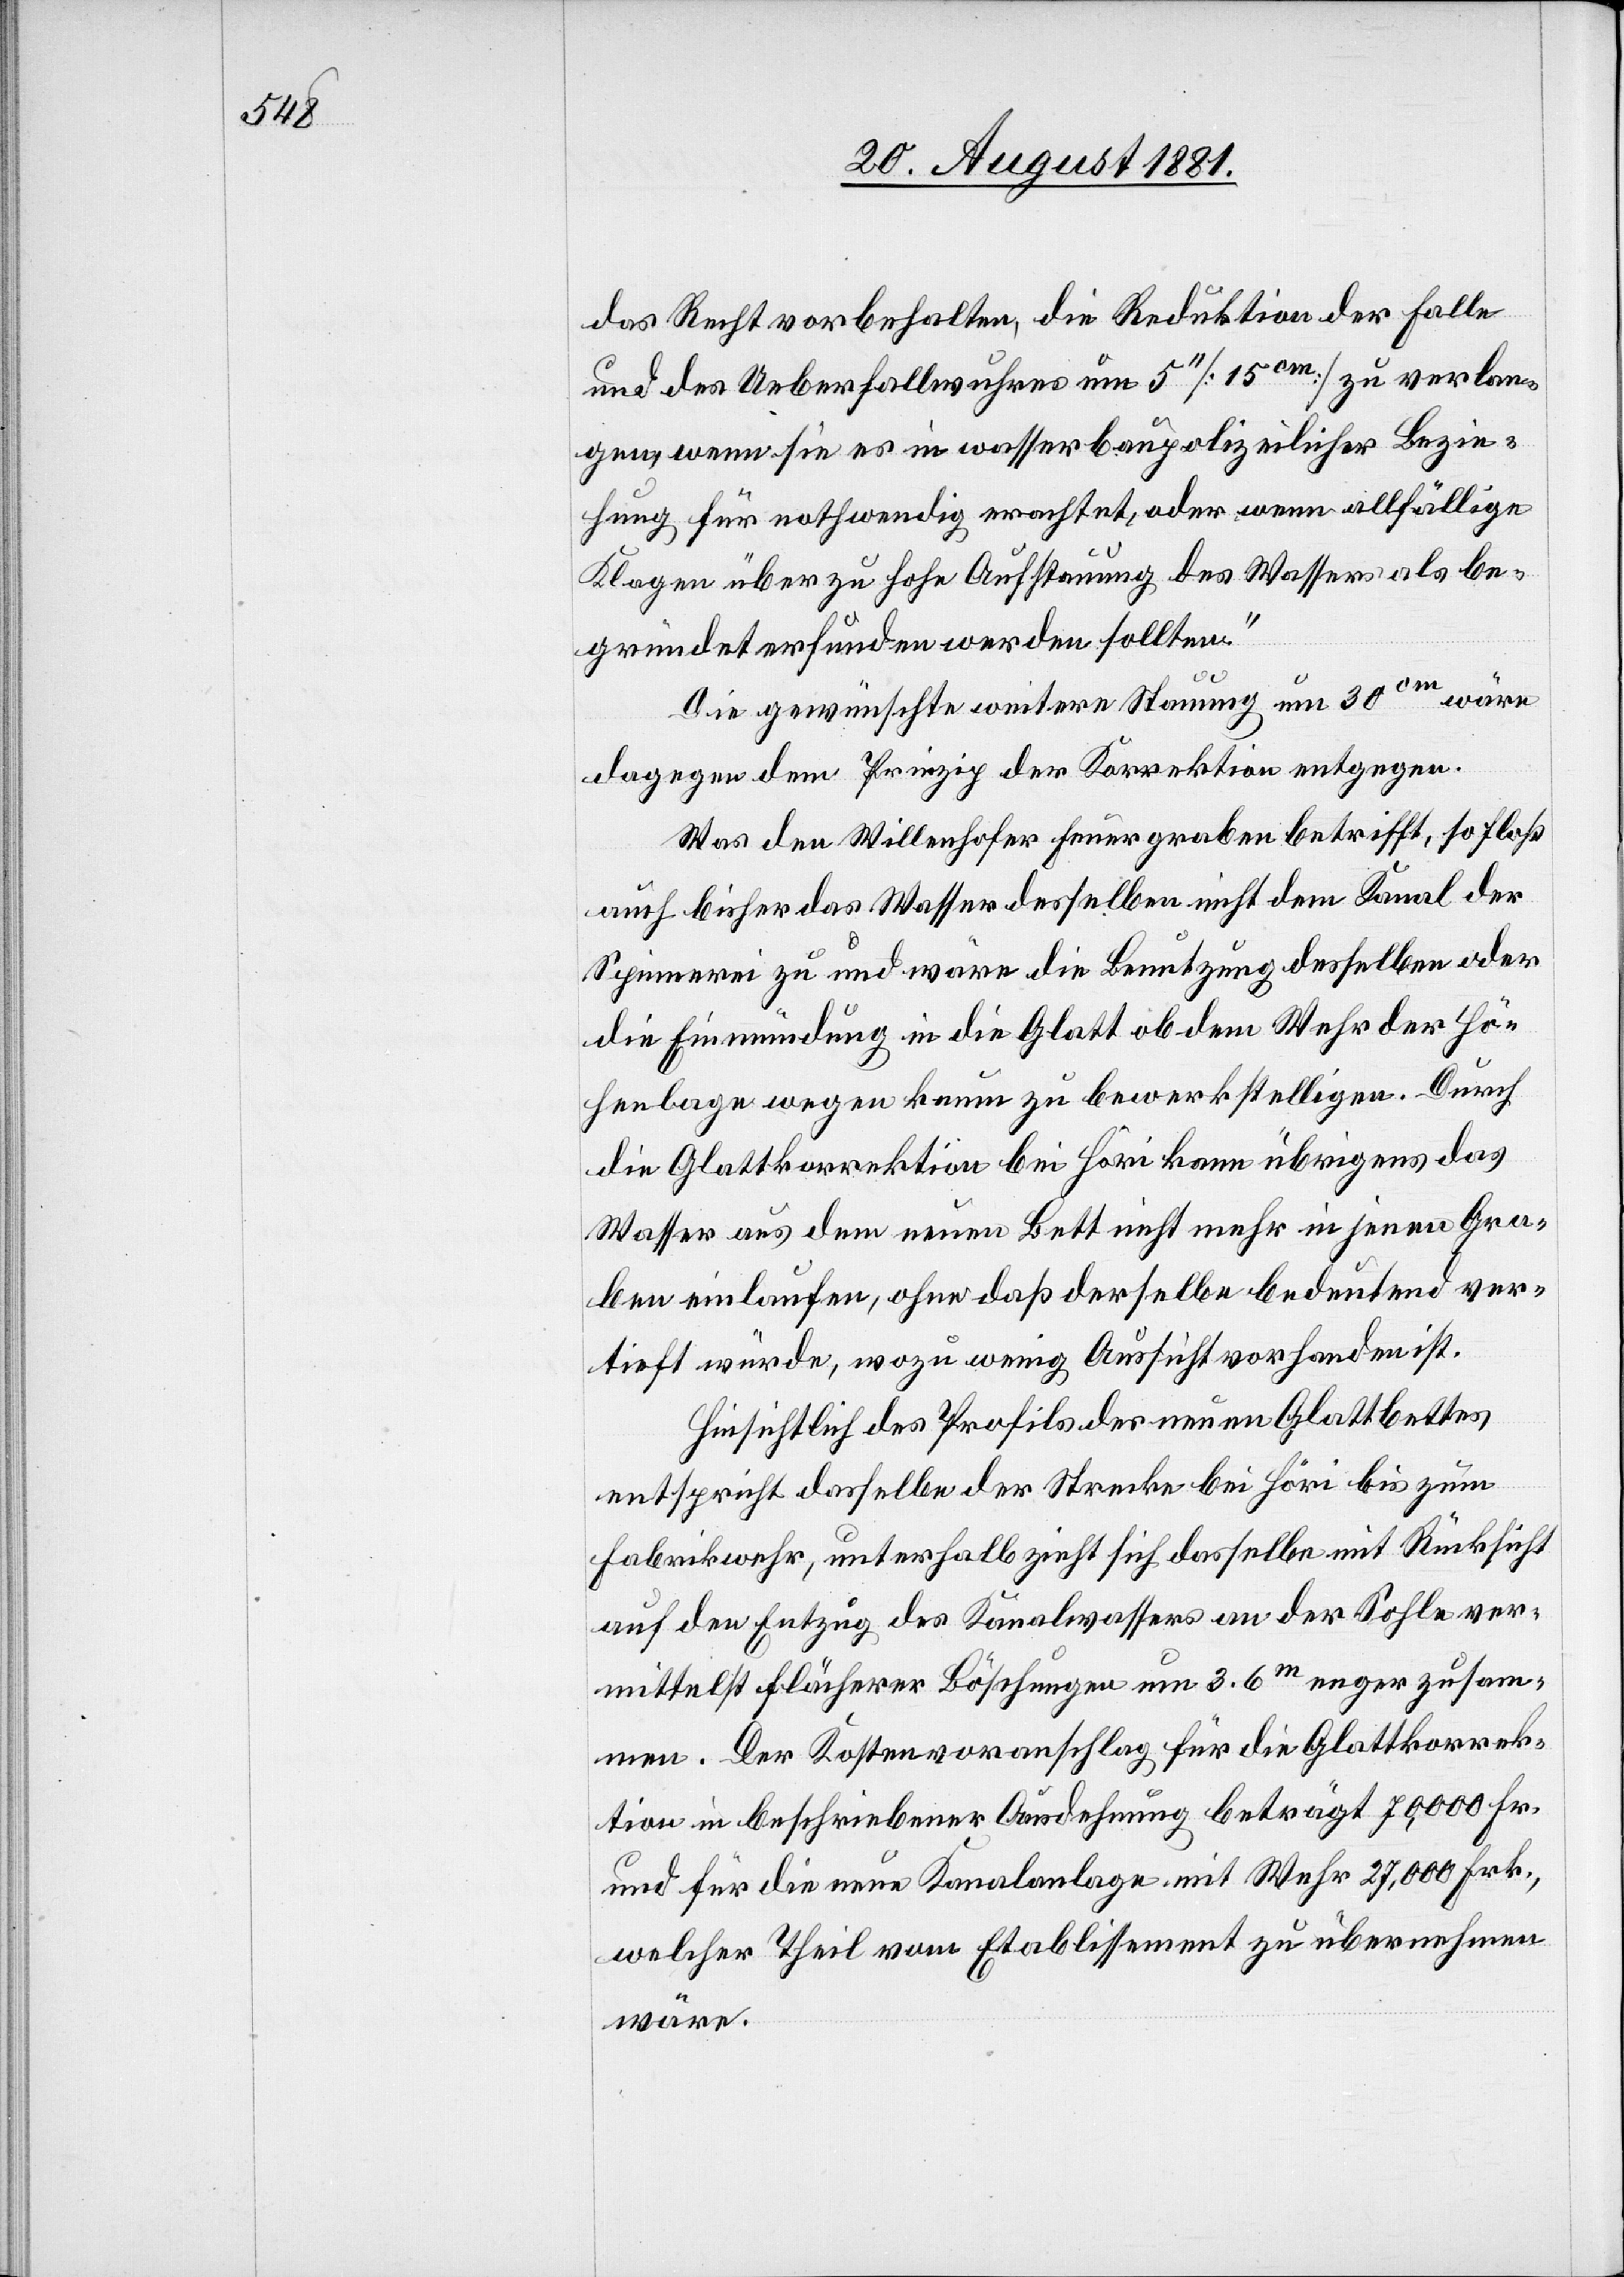
das Recht vorbehalten, die Reduktion Falle
und des Ueberfallwehres um 5‘‘ [15cm] zu verlan¬
gen, wenn sie es in wasserbaupolizeilicher Bezie¬
hung für nothwendig erachtet, oder wenn allfällige
Klagen über zu hohe Aufstauung des Wassers als be¬
gründet erfunden werden sollten.“
Die gewünschte weitere Stauung um 30cm wäre
dagegen dem Prinzip der Korrektion entgegen.
Was den Willenhofer Feuergraben betrifft, so floß
auch bisher das Wasser desselben nicht dem Kanal der
Spinnerei zu und wäre die Benutzung desselben oder
die Einmündung in die Glatt ob dem Weh der Hö¬
henlage wegen kaum zu bewerkstelligen. Durch
die Glattkorrektion bei Höri kann übrigens das
Wasser aus dem neuen Bett nicht mehr in jenen Gra¬
ben einlaufen, ohne daß derselbe bedeutend ver¬
tieft würde, wozu wenig Aussicht vorhanden ist.
Hinsichtlich des Profils des neuen Glattbettes
entspricht dasselbe der Strecke bei Höri bis zum
Fabrikwehr, unterhalb zieht sich dasselbe mit Rücksicht
auf den Entzug des Kanalwassers an der Sohle ver¬
mittelst flächerer Böschungen um 3.6m enger zusam¬
men. Der Kostenvoranschlag für die Glattkorrek¬
tion in beschriebener Ausdehnung beträgt 70,000 Fr.
und für die neue Kanalanlage mit Wehr 27,000 Frk.,
welcher Theil vom Etablissement zu übernehmen
wäre.